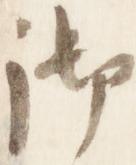
御